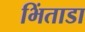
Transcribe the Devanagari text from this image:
भिंताडा